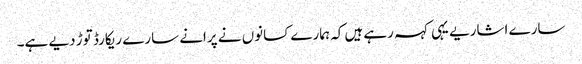
سارے اشاریے یہی کہہ رہے ہیں کہ ہمارے کسانوں نے پرانے سارے ریکارڈ توڑ دیے ہے۔